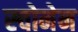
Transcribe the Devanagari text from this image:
स्चोनेन